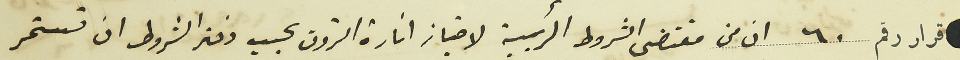
قرار رقم ٦٠ ان من متقضى الشروط الرئيسية لامتياز انارة البترون بحسب دفتر الشروط ان تستمر